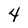
Character: 4